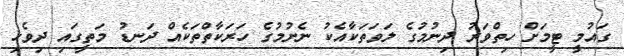
ގައުމީ ޓީމަށް ހިތްވަރު ދިނުމުގެ ލަވަތަކާއެކު ނެށުމުގެ ހަރަކާތްތަކެއް ދަނޑު މަތީގައި ދިވެހި